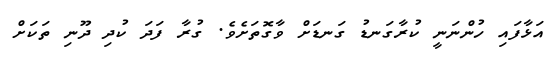
އަޅާފައި ހުންނަނީ ކުރާގަނޑު ގަނޑަށް ވާގޮތަށެވެ. ގުރާ ފަދަ ކުދި ދޫނި ތަކަށް